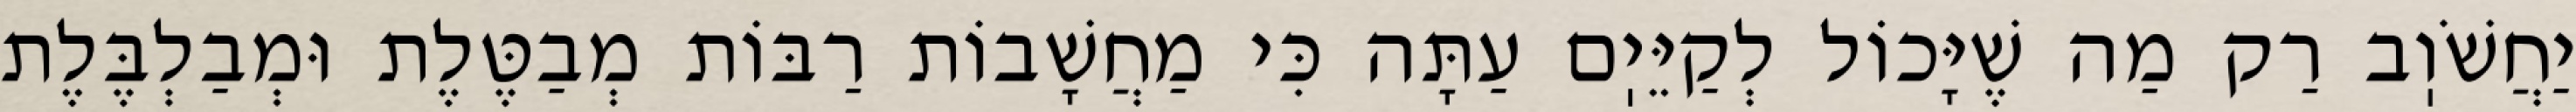
יַחֲשֹׁוֽב רַק מַה שֶׁיָּכוֹל לְקַיֵּיֽם עַתָּה כִּי מַחֲשָׁבוֹת רַבּוֹת מְבַטֶּלֶת וּמְבַלְבֶּלֶת